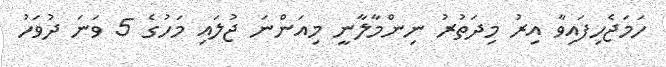
ހަމަޖެހިފައިވާ އިރު މިދަތުރު ނިންމާލާނީ މިއަންނަ ޖުލައި މަހުގެ 5 ވަނަ ދުވަހު